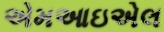
એમઆઇએલ